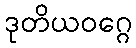
ဒုတိယဝဂ္ဂေ